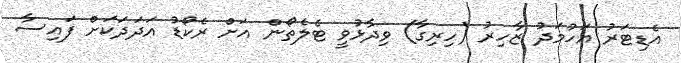
އެޑިޓަރު އަހުމަދު ޒާހިރު (ހިރިގާ) ވިދާޅުވީ ޓެލެތޯން އަށް ރެކޯޑު އަދަދަކަށް ފައިސާ